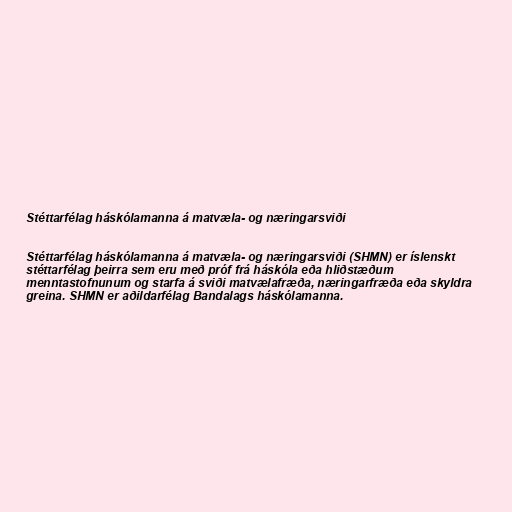
Stéttarfélag háskólamanna á matvæla- og næringarsviði

Stéttarfélag háskólamanna á matvæla- og næringarsviði (SHMN) er íslenskt
stéttarfélag þeirra sem eru með próf frá háskóla eða hliðstæðum
menntastofnunum og starfa á sviði matvælafræða, næringarfræða eða skyldra
greina. SHMN er aðildarfélag Bandalags háskólamanna.